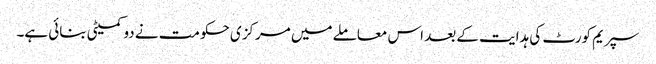
سپریم کورٹ کی ہدایت کے بعد اس معاملے میں مرکزی حکومت نے دو کمیٹی بنائی ہے۔